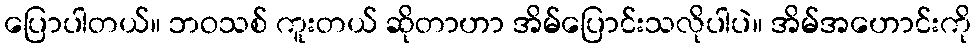
ပြောပါတယ်။ ဘဝသစ် ကူးတယ် ဆိုတာဟာ အိမ်ပြောင်းသလိုပါပဲ။ အိမ်အဟောင်းကို